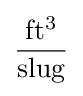
{\frac {\mathrm {ft^{3}} }{\mathrm {slug} }}